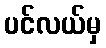
ပင်လယ်မှ